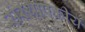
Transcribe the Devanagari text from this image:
संस्थापकीय